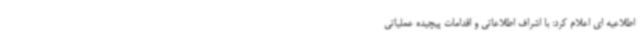
اطلاعیه ای اعلام کرد: با اشراف اطلاعاتی و اقدامات پیچیده عملیاتی